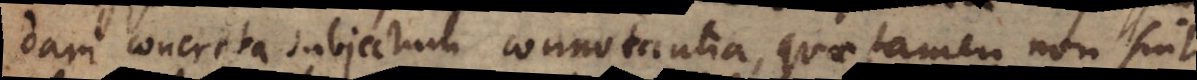
dari concreta subjectum connotantia, quae tamen non sint